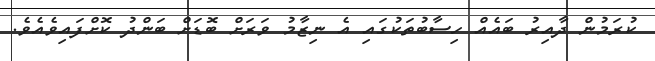
ކުރަމުން ދާއިރު ބައެއް ހިސާބުތަކުގައި އެ ނިޒާމު ވަރަށް ބޮޑަށް ބަންދު ކޮށްފައިވެއެވެ.